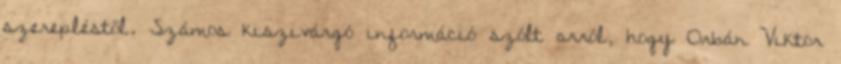
szerepléstől. Számos kiszivárgó információ szólt arról, hogy Orbán Viktor